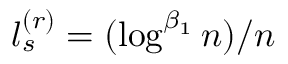
l _ { s } ^ { ( r ) } = ( \log ^ { \beta _ { 1 } } n ) / n